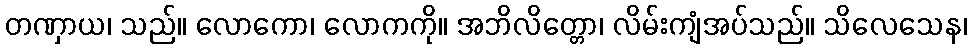
တဏှာယ၊ သည်။ လောကော၊ လောကကို။ အဘိလိတ္တော၊ လိမ်းကျံအပ်သည်။ သိလေသေန၊